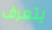
يتعرف